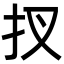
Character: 扠